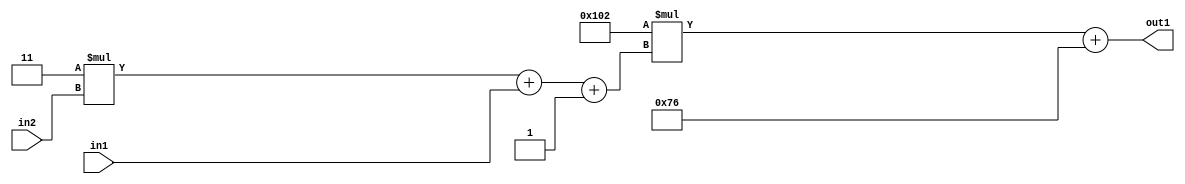
`timescale 1ps / 1ps
/*****************************************************************************
    Verilog RTL Description
    
    
    Created by: Stratus DpOpt 2019.1.01 
*******************************************************************************/

module DC_Filter_Add2i118Mul2i258Add3i1u1Mul2i3u2_4 (
	in2,
	in1,
	out1
	); /* architecture "behavioural" */ 
input [1:0] in2;
input  in1;
output [11:0] out1;
wire [11:0] asc001;
wire [3:0] asc002;

wire [3:0] asc002_tmp_0;
wire [3:0] asc002_tmp_1;
assign asc002_tmp_1 = 
	+(4'B0011 * in2);
assign asc002_tmp_0 = asc002_tmp_1
	+(in1);
assign asc002 = asc002_tmp_0
	+(4'B0001);

wire [11:0] asc001_tmp_2;
assign asc001_tmp_2 = 
	+(12'B000100000010 * asc002);
assign asc001 = asc001_tmp_2
	+(12'B000001110110);

assign out1 = asc001;
endmodule

/* CADENCE  vrP5SwE= : u9/ySgnWtBlWxVPRXgAZ4Og= ** DO NOT EDIT THIS LINE ******/